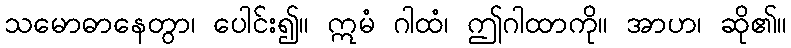
သမောဓာနေတွာ၊ ပေါင်း၍။ ဣမံ ဂါထံ၊ ဤဂါထာကို။ အာဟ၊ ဆို၏။